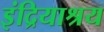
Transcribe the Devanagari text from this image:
इंद्रियाश्रय